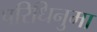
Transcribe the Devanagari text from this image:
परिधिनुमा